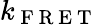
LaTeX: k_{\mathrm{~F~R~E~T~}}